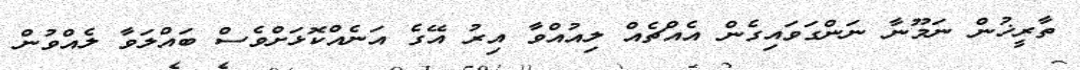
ތާރީޚުން ނަމޫނާ ނަންގަވައިގެން އެއްޗެއް ލިއުއްވާ އިރު އޭގެ އަނެއްކޮޅަށްވެސް ބައްލަވާ ލެއްވުން